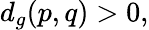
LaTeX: d_{g}(p,q)>0,